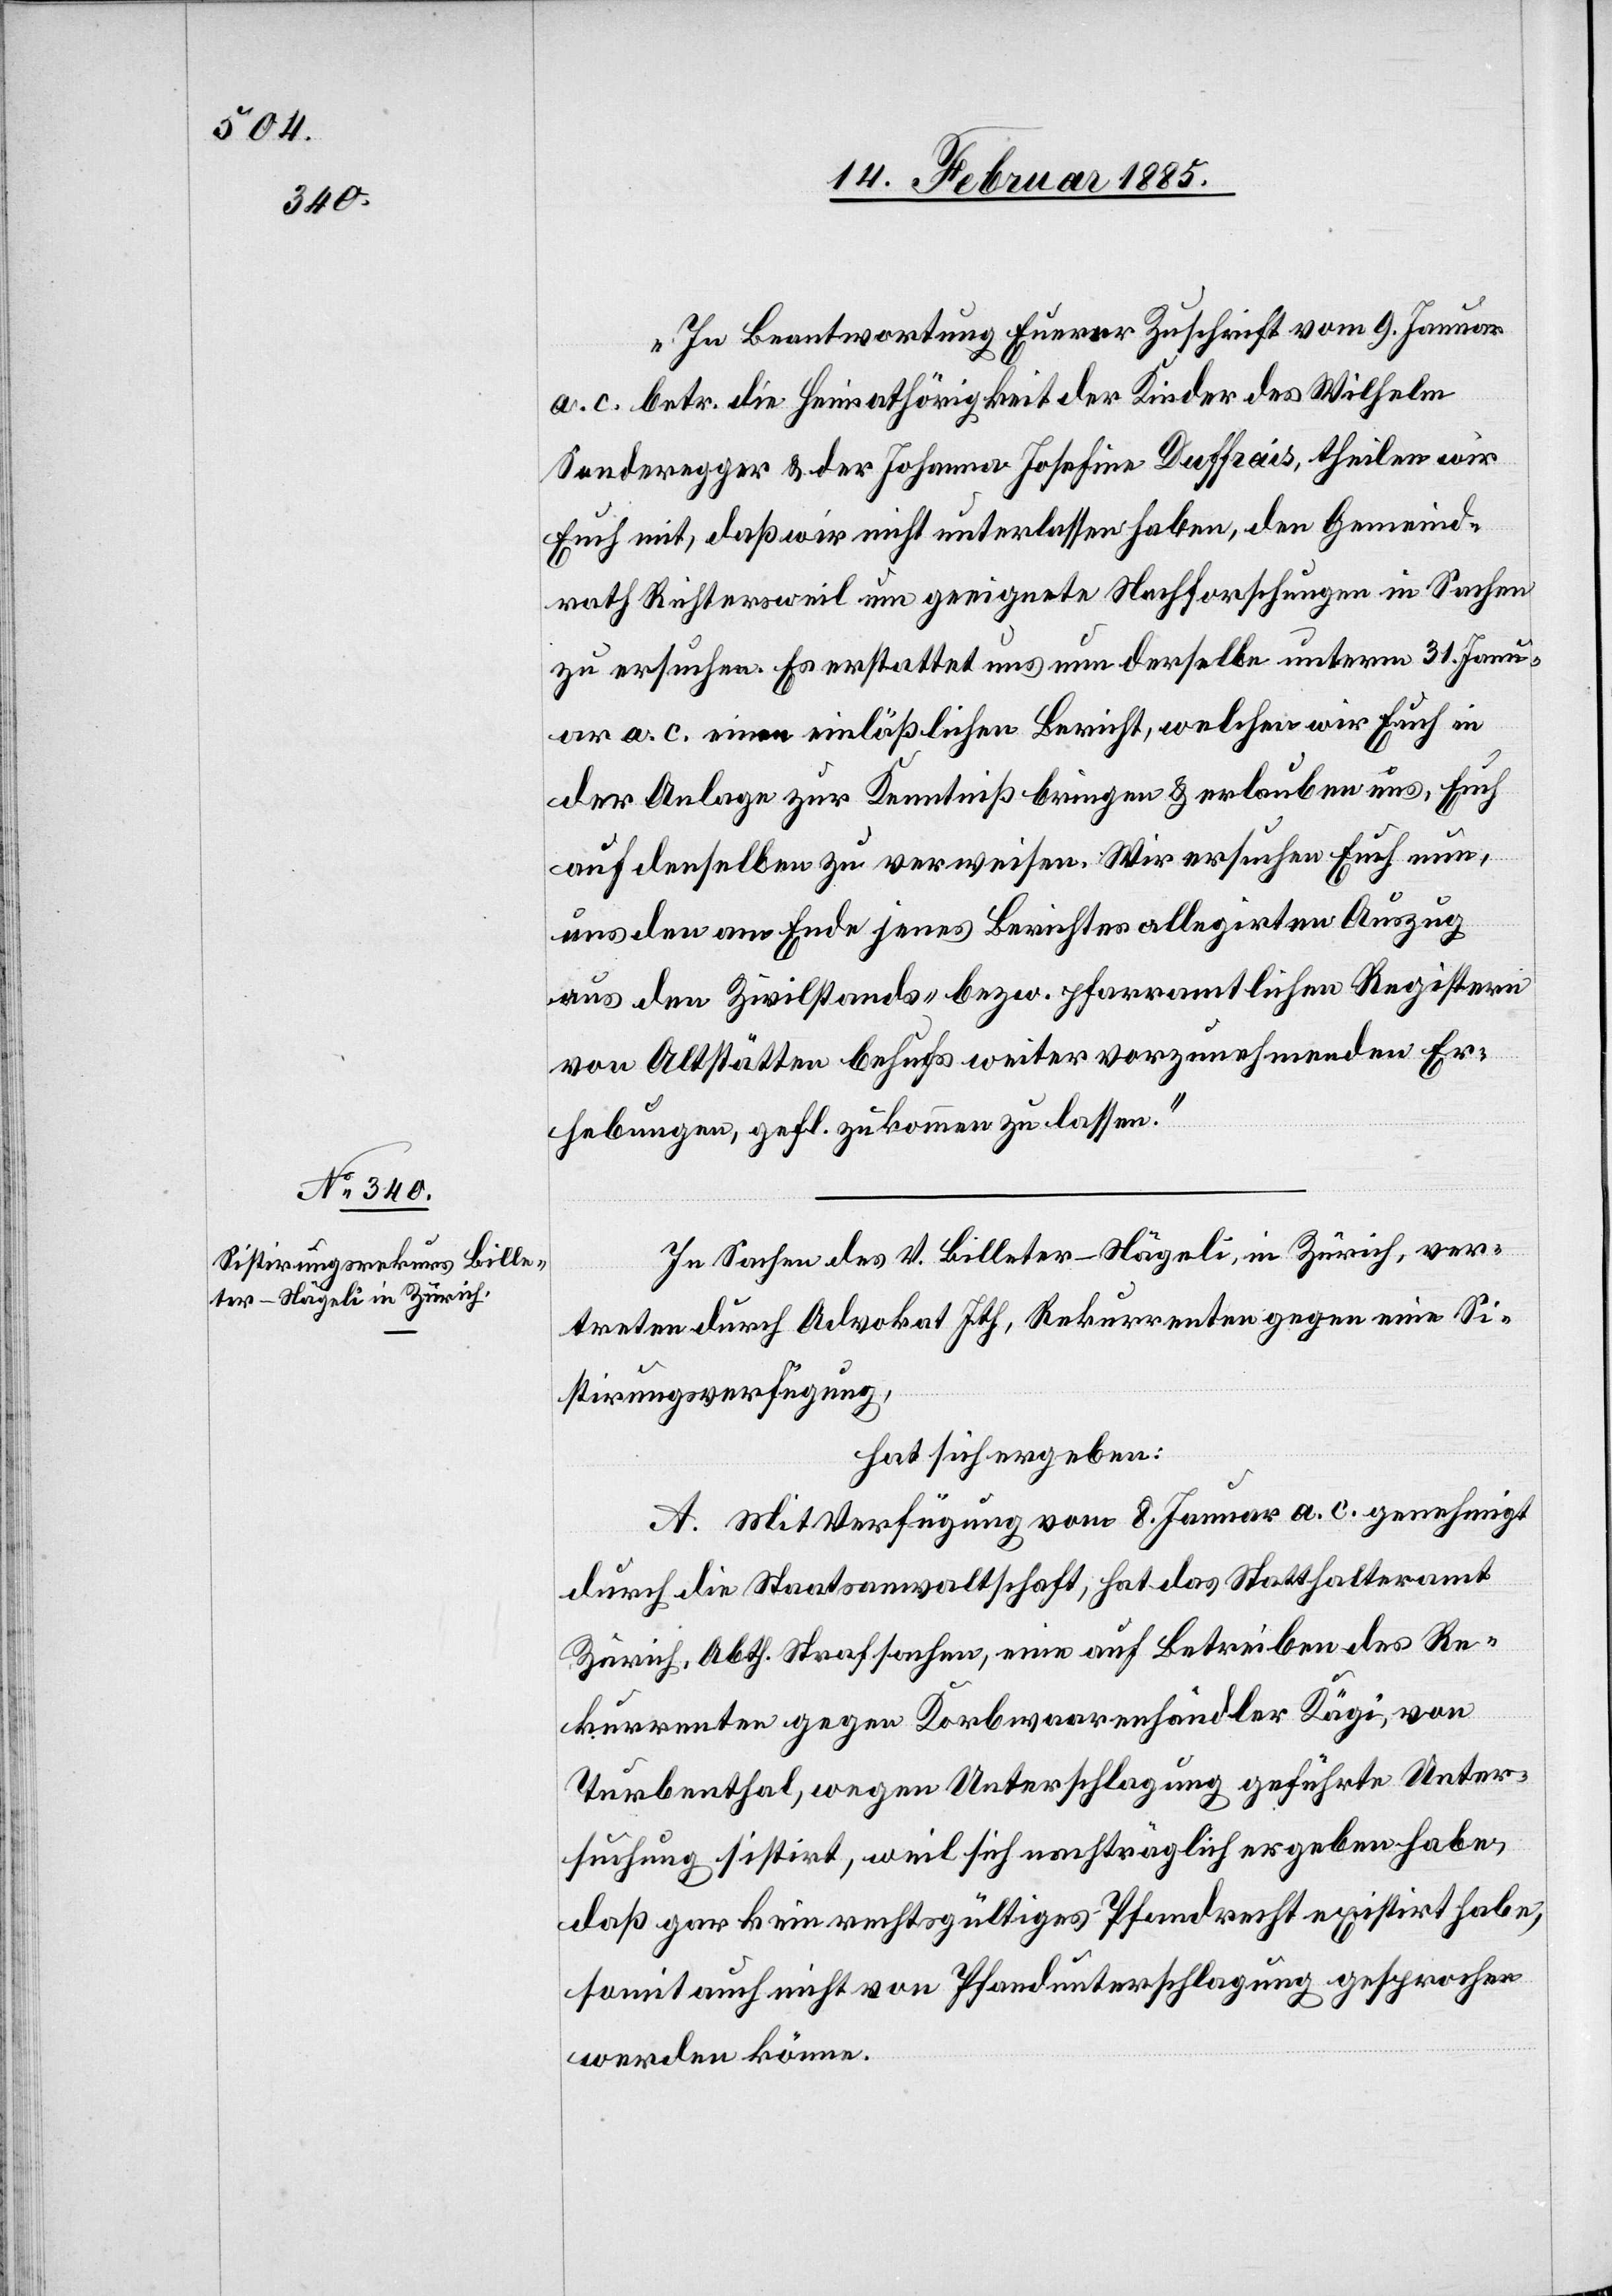
„In Beantwortung Euerer Zuschrift vom 9. Januar
a. c. betr. die Heimathörigkeit der Kinder des Wilhelm
Sonderegger & der Johanna Duffrais, theilen wir
Euch mit, daß wir nicht unterlassen haben, dem Gemeind¬
rath Richtersweil um geeignete Nachforschungen in Sachen
zu ersuchen. Es erstattet uns nun derselbe unterm 31. Janu¬
ar a. c. einen einläßlichen Bericht, welchen wir Euch i¬
n Anlage zur Kenntniß bringen & erlauben uns, Euch
auf denselben zu verweisen. Wir ersuchen Euch nun,
uns den am Ende jenes Berichtes allegirten Auszug
aus den zivilstands- bezw. pfarramtlichen Registern
von Altstätten behufs weiter vorzunehmenden Er¬
hebungen, gefl. zukommen zu lassen.“
In Sachen des V. Billeter-Nägeli, in Zürich, ver¬
treten durch Advokat Ith, Rekurrenten gegen eine Si¬
stirungsverfügung.
hat sich ergeben:
A. Mit Verfügung vom 8. Januar a. c. genehmigt
durch die Staatsanwaltschaft, hat das Statthalteramt
Zürich, Abth. Strafsachen, eine auf Betreiben des Re¬
kurrenten gegen Korbwaarenhändler Kägi, von
Turbenthal, wegen Unterschlagung geführte Unter¬
suchung sistirt, weil sich namentlich ergeben habe,
daß gar kein rechtsgültiges Pfandrecht existirt habe,
somit auch nicht von Pfandunterschlagung gesprochen
werden könne.